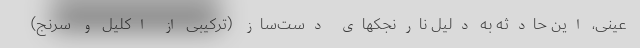
عینی، این حادثه به دلیل نارنجکهای دست‌ساز (ترکیبی از اکلیل و سرنج)